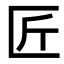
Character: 匠